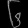
Digit: ၆